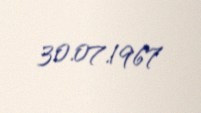
30.07.1967